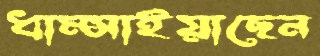
ধাম্‌সাইয়াছেন